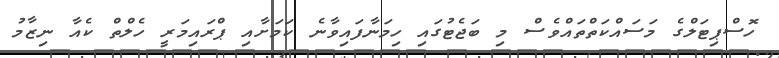
ހޮސްޕިޓަލްގެ މަސައްކަތްތައްވެސް މި ބަޖެޓުގައި ހިމަނާފައިވާނެ ކަމަށާއި ޕްރައިމަރީ ހެލްތް ކެއާ ނިޒާމު